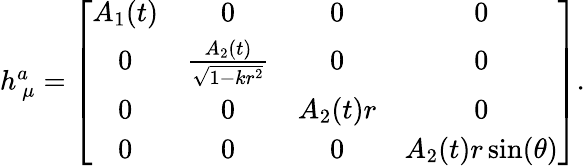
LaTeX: \begin{array}{r}{h_{~\mu}^{a}=\left[\begin{array}{cccc}{A_{1}(t)}&{0}&{0}&{0}\\ {0}&{\frac{A_{2}(t)}{\sqrt{1-kr^{2}}}}&{0}&{0}\\ {0}&{0}&{A_{2}(t)r}&{0}\\ {0}&{0}&{0}&{A_{2}(t)r\sin(\theta)}\end{array}\right].}\end{array}